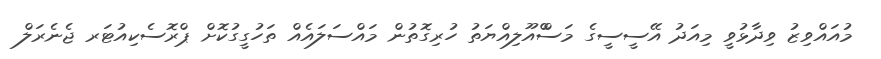
މުއައްވިޒު ވިދާޅުވީ މިއަދު އޭސީސީގެ މަސްްއޫލިއްޔަތު ހުރިގޮތުން މައްސަލައެއް ތަހުގީގުކޮށް ޕްރޮސެކިއުޓަރ ޖެނެރަލް